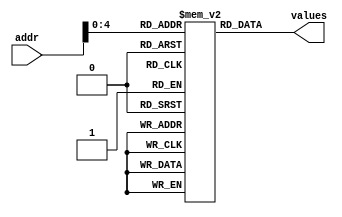
`timescale 1ns/1ns

// IMPORTANT: DO NOT MODIFY ANYTHING BETWEEN HERE AND *****

// Module to provide stimulus to the brainless CPU
module micro_stim(values,addr);
output [11:0]  values;          // the values to apply plus expected response
input  [5:0]   addr;            // the address into the memory of values

reg [11:0] test_vals [0:31];    // memory to hold the input and expected output

assign values = test_vals[addr];

// The bits of the test_vals memory are:
// 11:8 - accum     The expectd accumulator output
//  7   - done      Set this bit to indicate that the simulation should stop
//  4   - reset     Reset the circuit
//  3:0 - data_in   The data_in input

// IMPORTANT: ONLY MODIFY BELOW THIS LINE *****

// Each assignment to test_vals[#] is one test.
// NOTE: The maximum number of tests is 32, and they are numbered 0-31.
// NOTE: The tests MUST be numbered consecutively starting with 0.
// NOTE: At least the first test should be reset!
// For the bit assignments, see the comment 12 lines above this line

initial
begin
   test_vals[ 0] = 12'h0_1_0;     // reset - this should always be the first vector
   test_vals[ 1] = 12'h0_0_0;
   test_vals[ 2] = 12'h3_0_0;
   test_vals[ 3] = 12'h3_0_0;
   test_vals[ 4] = 12'h1_0_0;
   test_vals[ 5] = 12'h1_0_0;
   test_vals[ 6] = 12'h1_0_0;     // end the simulation here
   test_vals[ 7] = 12'h1_8_0;
   test_vals[ 8] = 12'h0_0_0;
   test_vals[ 9] = 12'h0_0_0;
   test_vals[10] = 12'h0_0_0;
   test_vals[11] = 12'h0_0_0;
   test_vals[12] = 12'h0_0_0;
   test_vals[13] = 12'h0_0_0;
   test_vals[14] = 12'h0_0_0;
   test_vals[15] = 12'h0_0_0;
   test_vals[16] = 12'h0_0_0;
   test_vals[17] = 12'h0_0_0;
   test_vals[18] = 12'h0_0_0;
   test_vals[19] = 12'h0_0_0;
   test_vals[20] = 12'h0_0_0;
   test_vals[21] = 12'h0_0_0;
   test_vals[22] = 12'h0_0_0;
   test_vals[23] = 12'h0_0_0;
   test_vals[24] = 12'h0_0_0;
   test_vals[25] = 12'h0_0_0;
   test_vals[26] = 12'h0_0_0;
   test_vals[27] = 12'h0_0_0;
   test_vals[28] = 12'h0_0_0;
   test_vals[29] = 12'h0_0_0;
   test_vals[30] = 12'h0_0_0;
   test_vals[31] = 12'h0_0_0;
end

endmodule